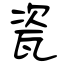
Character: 瓷